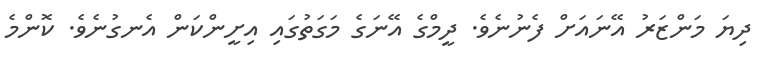
ދިޔަ މަންޒަރު އޭނައަށް ފެނުނެވެ. ދީމްގެ އޭނަގެ މަގަތުގައި އިށީންކަން އެނގުނެވެ. ކޮންމެ